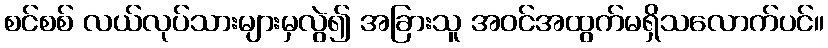
စင်စစ် လယ်လုပ်သားများမှလွဲ၍ အခြားသူ အဝင်အထွက်မရှိသလောက်ပင်။